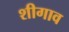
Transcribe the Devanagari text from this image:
शीगाव